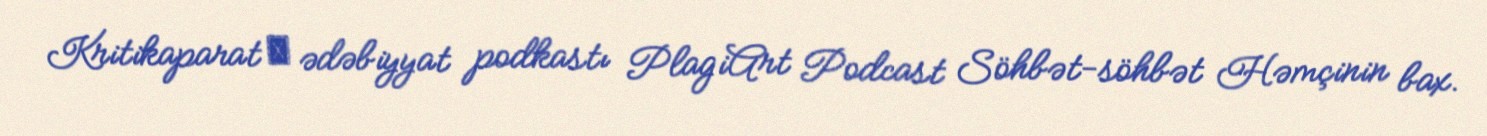
Kritikaparat ― ədəbiyyat podkastı PlagiArt Podcast Söhbət-söhbət Həmçinin bax.